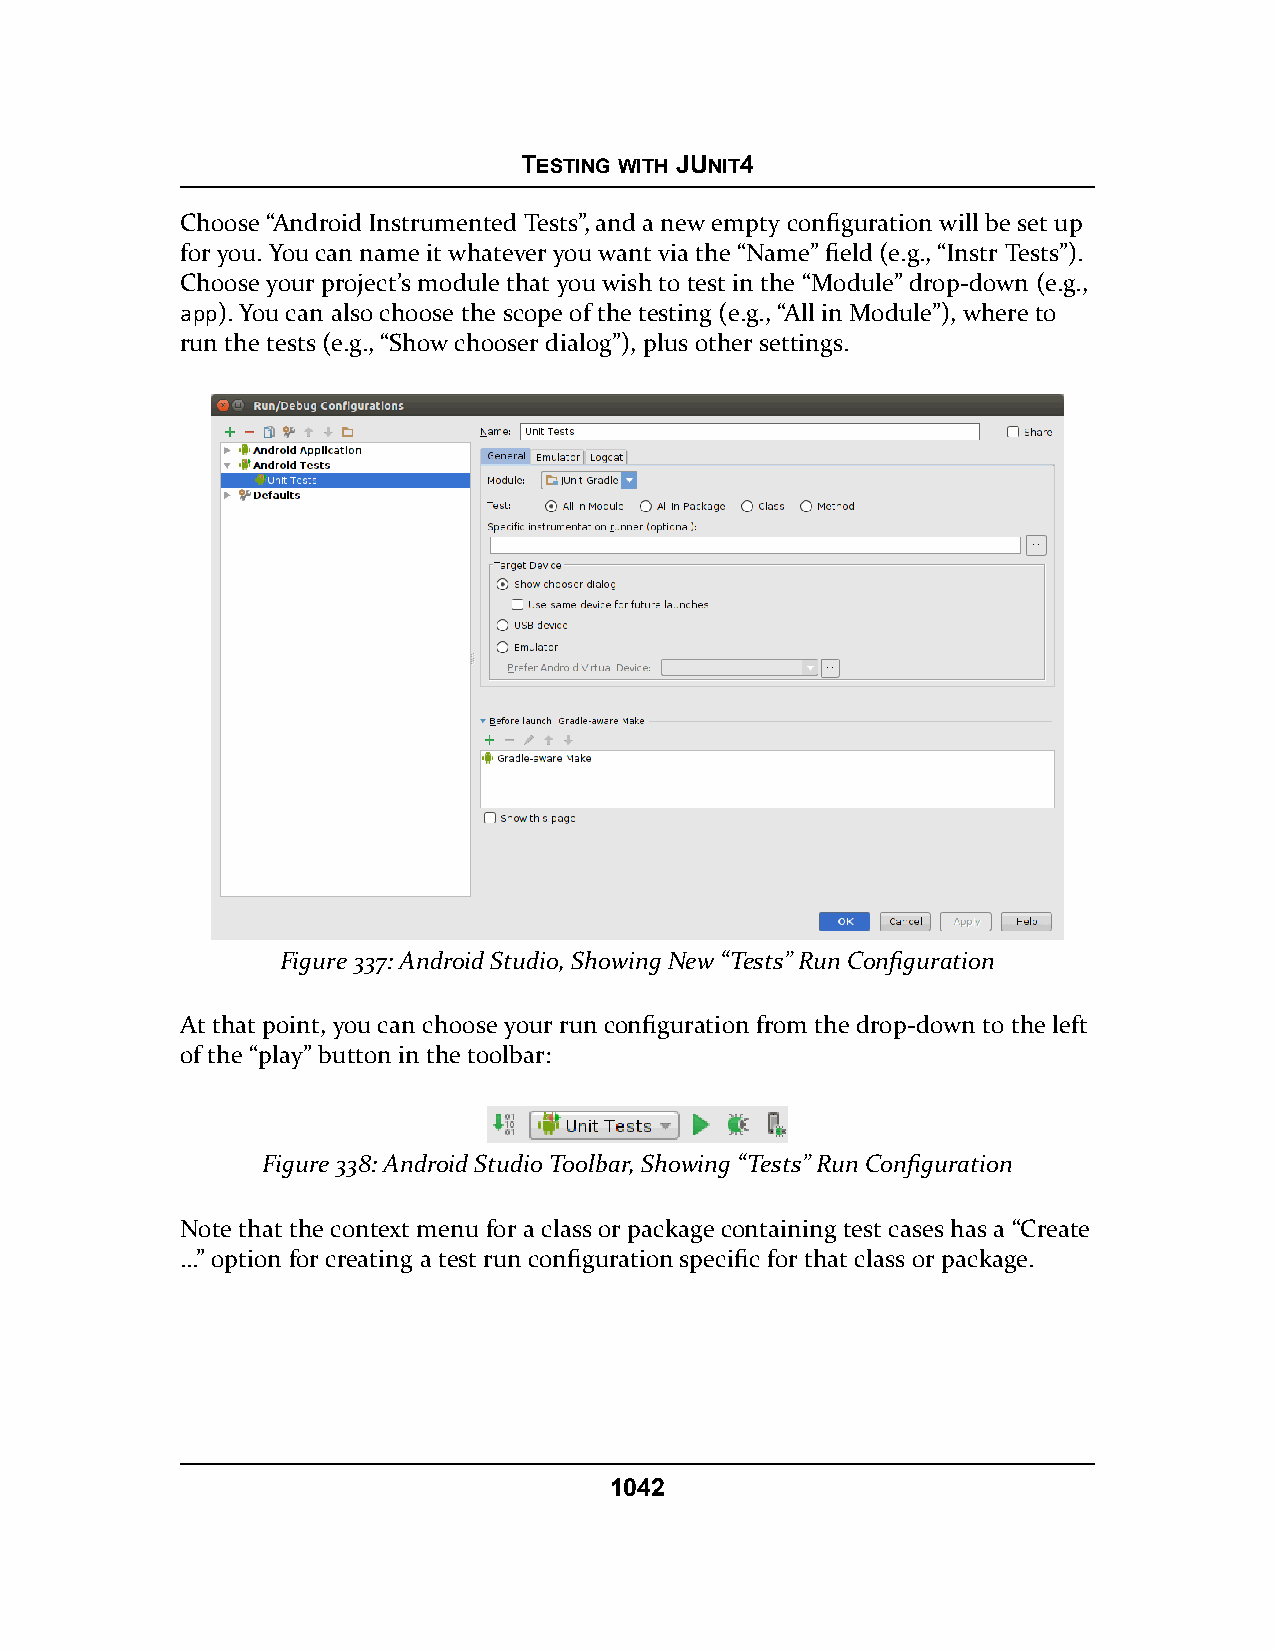
TESTING WITH JUNIT4
 Choose “Android Instrumented Tests”, and a new empty configuration will be set up
 for you. You can name it whatever you want via the “Name” field (e.g., “Instr Tests”).
 Choose your project’s module that you wish to test in the “Module” drop-down (e.g.,
 app). You can also choose the scope of the testing (e.g., “All in Module”), where to
 run the tests (e.g., “Show chooser dialog”), plus other settings.
 Figure 337: Android Studio, Showing New “Tests” Run Configuration
 At that point, you can choose your run configuration from the drop-down to the left
 of the “play” button in the toolbar:
 Figure 338: Android Studio Toolbar, Showing “Tests” Run Configuration
 Note that the context menu for a class or package containing test cases has a “Create
 …” option for creating a test run configuration specific for that class or package.
 1042